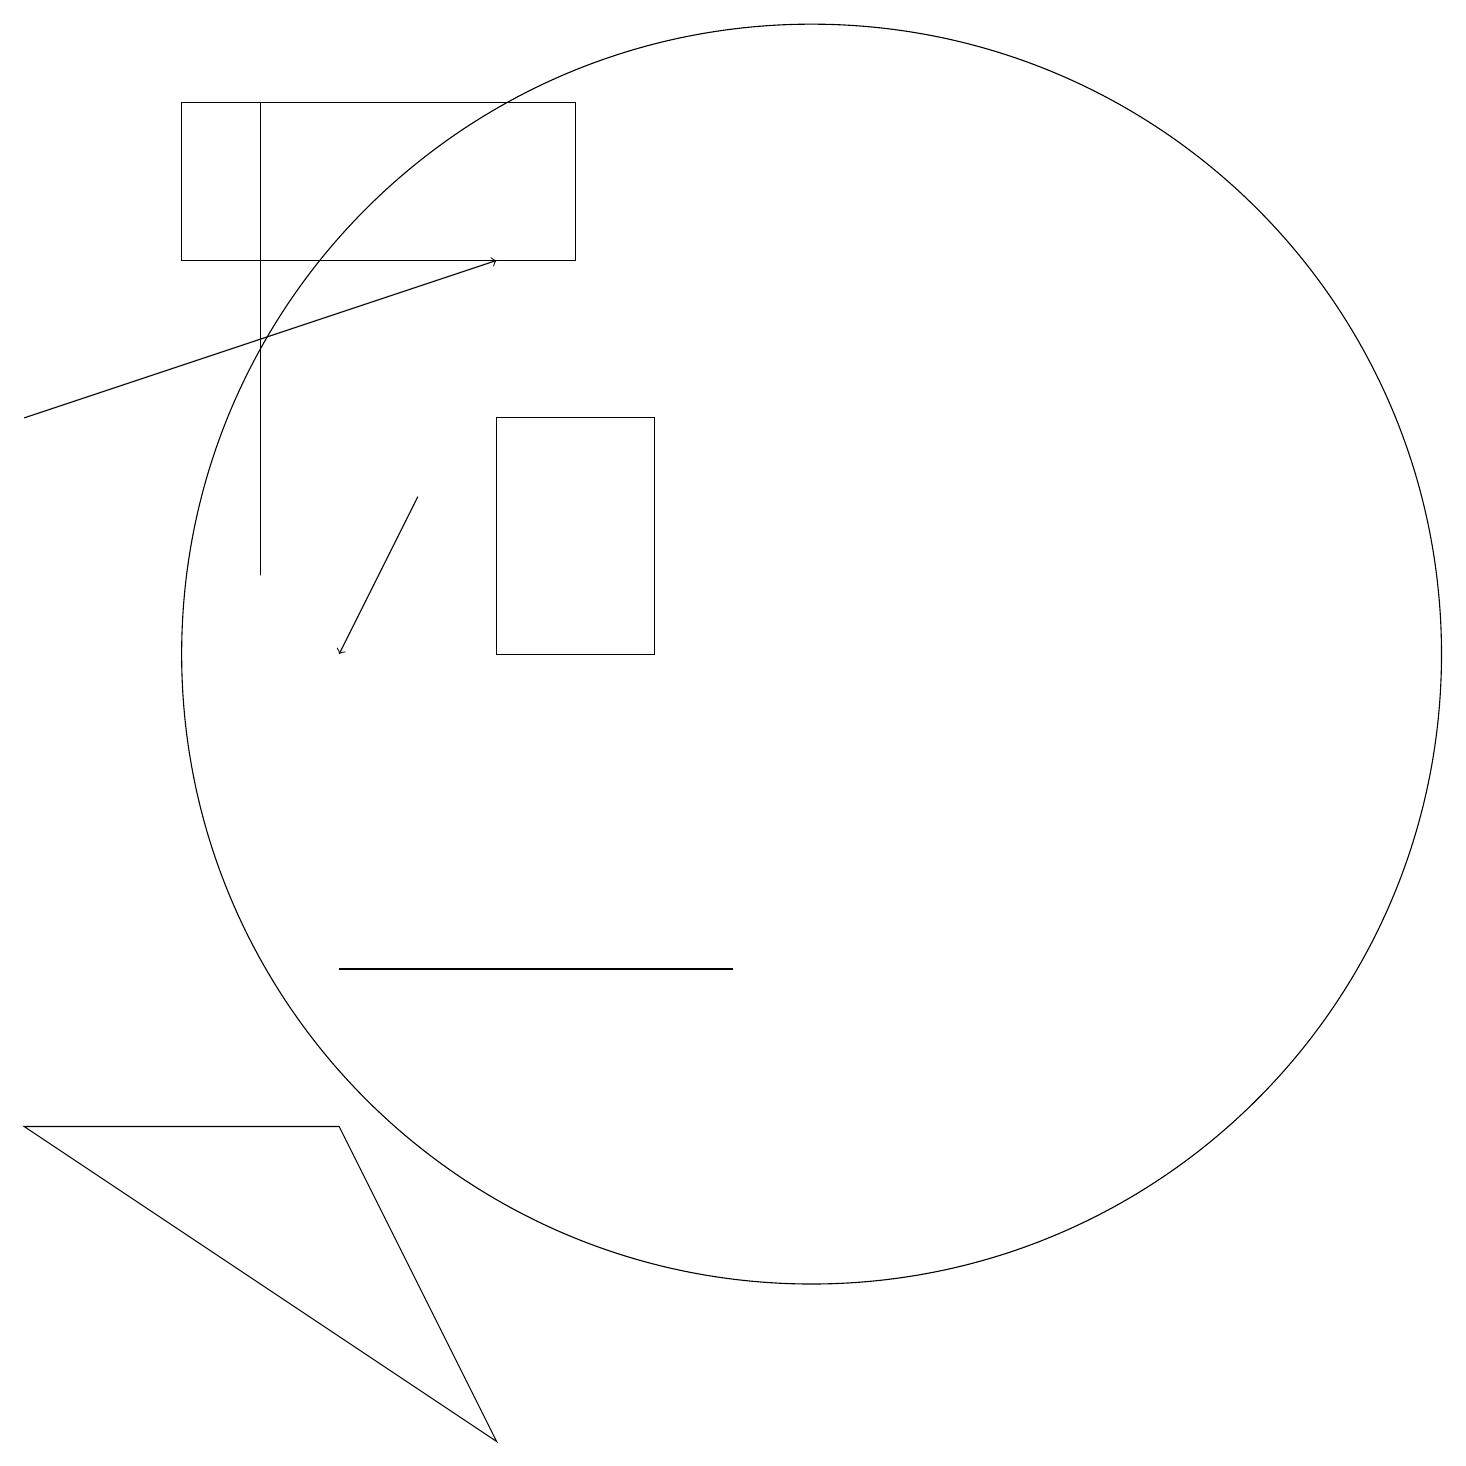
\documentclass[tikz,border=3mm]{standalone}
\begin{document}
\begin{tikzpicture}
\draw (7,6) -- (4,6) -- (9,6) -- cycle;
\draw (3,17) rectangle (3,11);
\draw (6,0) -- (0,4) -- (4,4) -- cycle;
\draw (8,13) rectangle (6,10);
\draw[->] (5,12) -- (4,10);
\draw (2,15) rectangle (7,17);
\draw (10,10) circle (8);
\draw[->] (0,13) -- (6,15);
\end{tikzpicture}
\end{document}